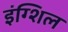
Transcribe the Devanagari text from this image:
इंग्शिल